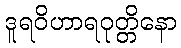
ဒူရဝိဟာရဝုတ္တိနော